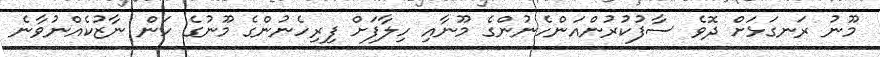
މޫނު ރަނގަޅަށް ދޮވެ ސާފުކުރުންއަންހެނުންގެ މޫނާއި ހިލާފަށް ފިރިހެނުންގެ މޫނުގެ ހަން ނާޒުކެއްނުވާނެ